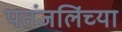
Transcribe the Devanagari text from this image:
पतंजलिंच्या